Vana-Vandra_vallavalitsus, lk 4
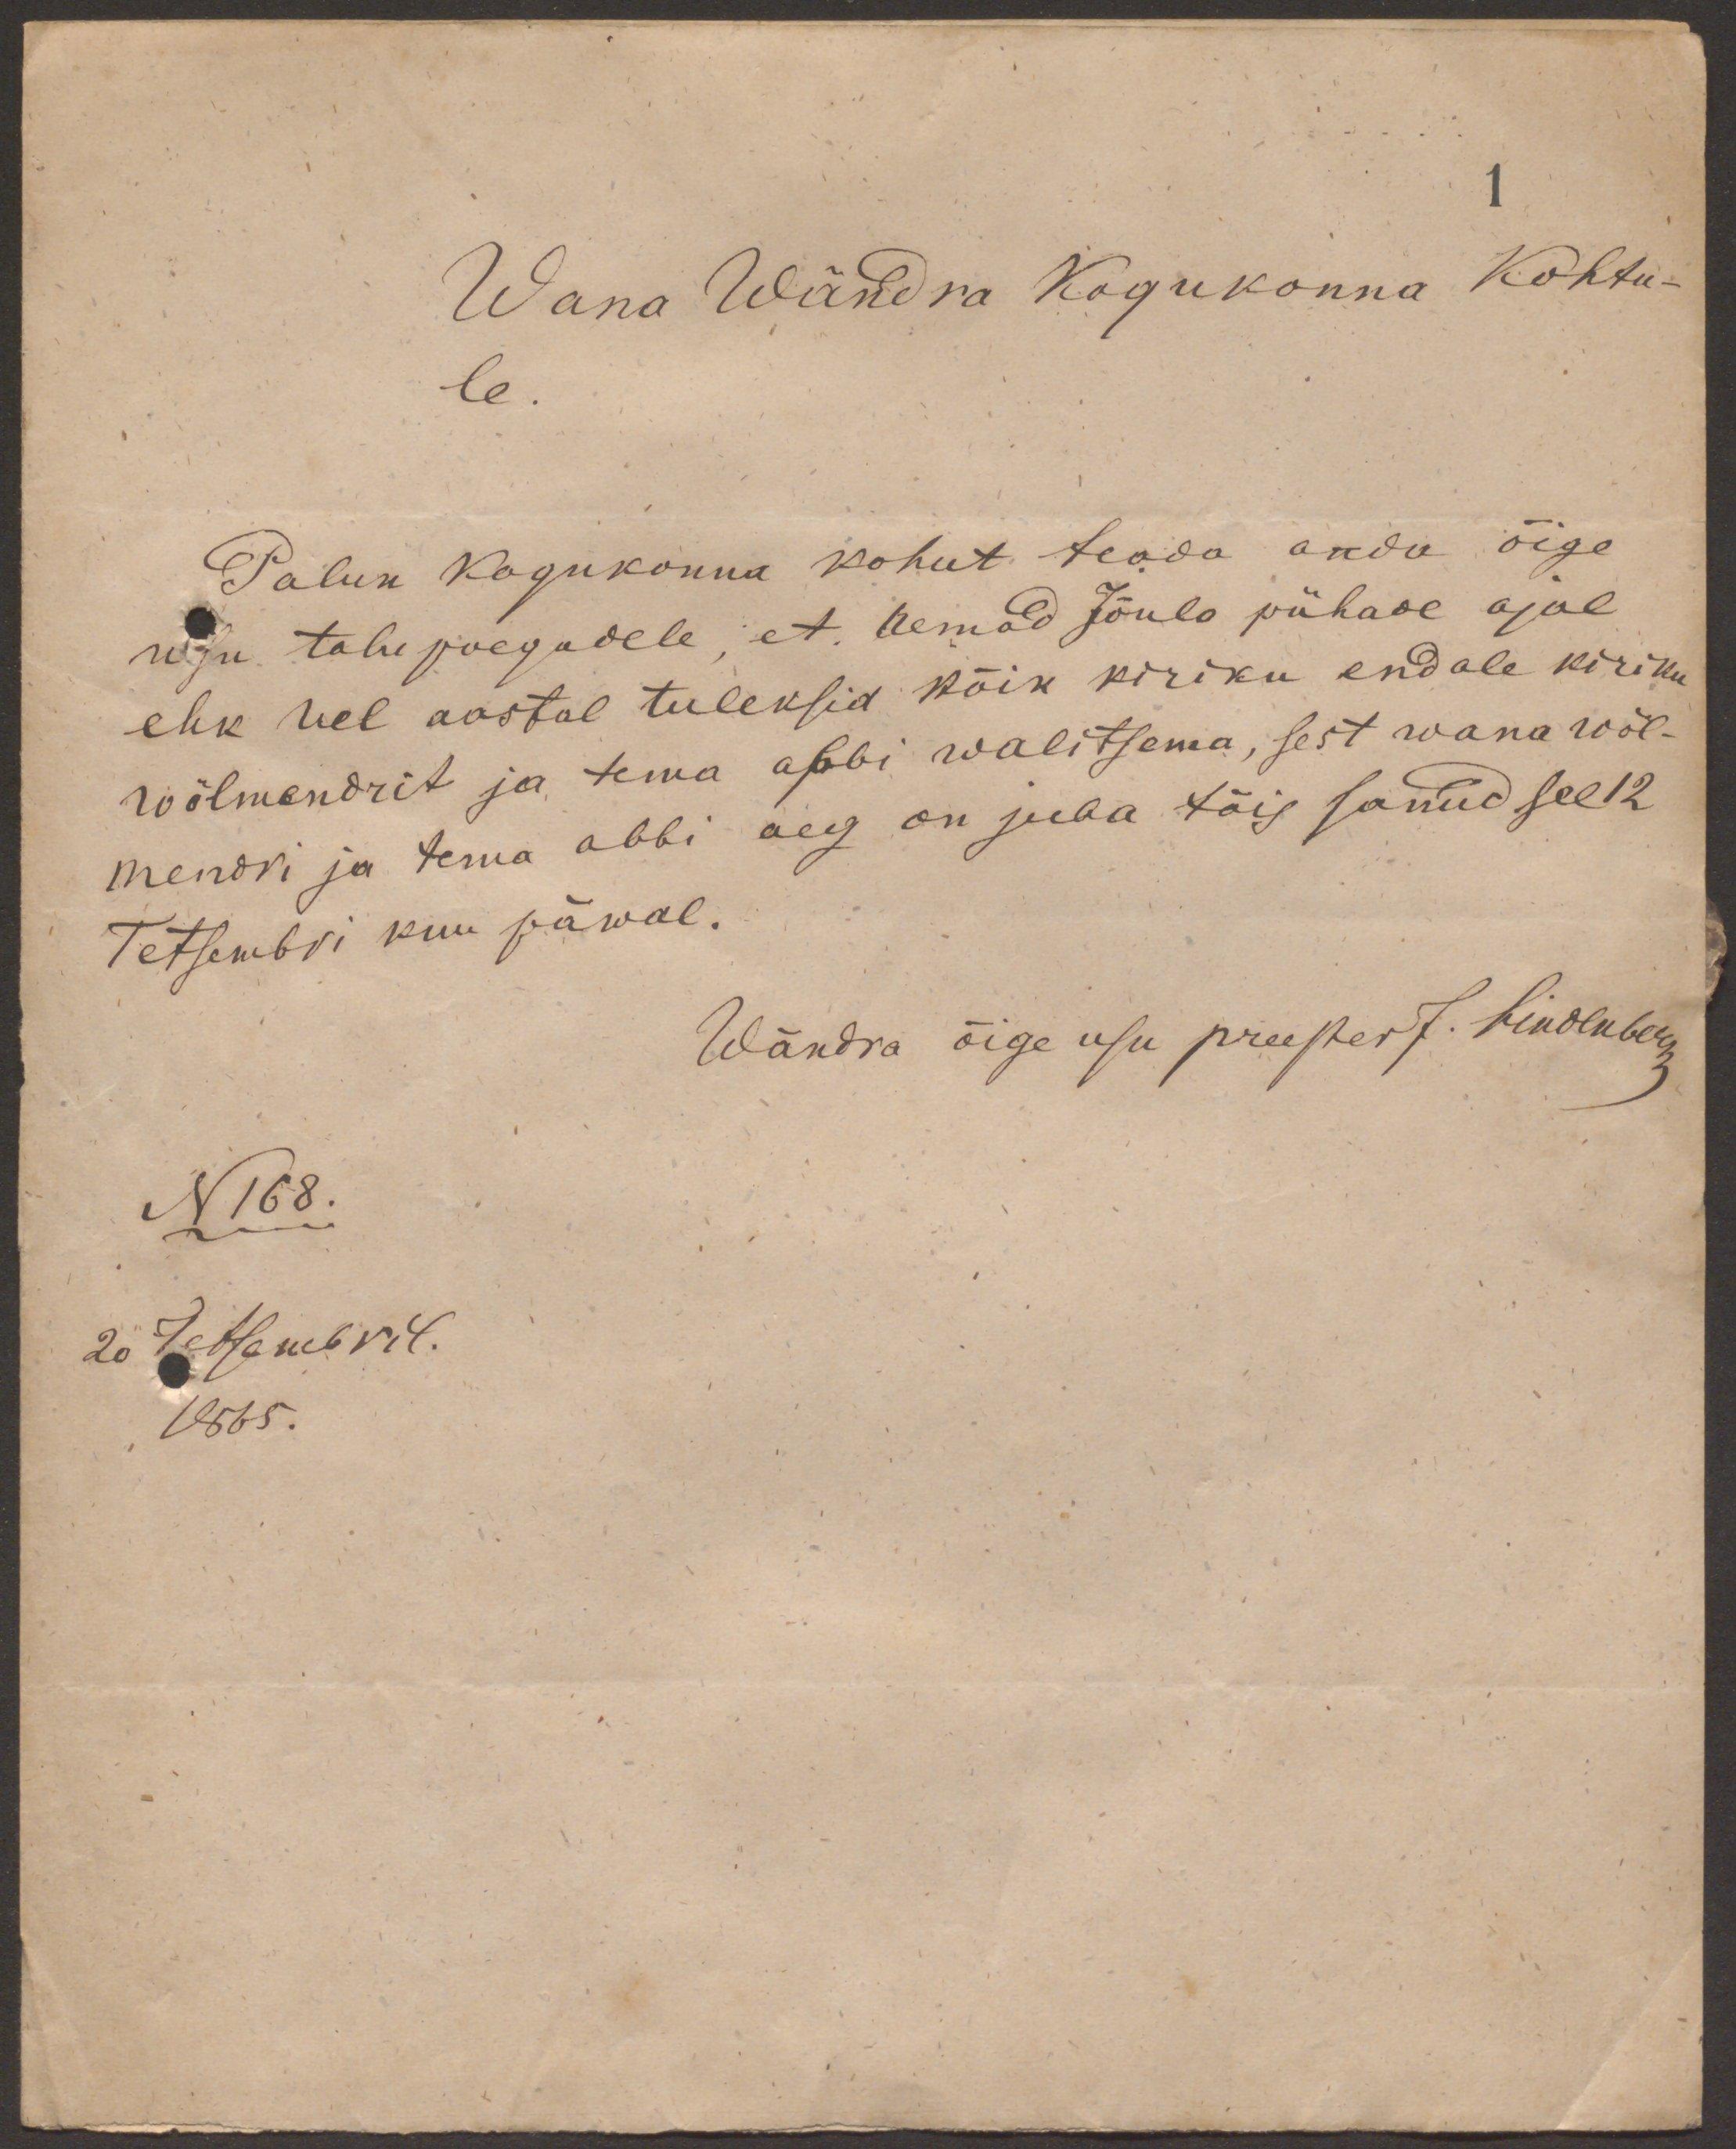
1
Wana Wändna Kogukonna Kohtu-
le.
Palun kogukonna kohut teada anda õige
usu talu poegadele, et temad Jõulo pühade ajal
ehk sel aastal tuleksid kõik kiriku endale kiriku
wölmendrit ja tema abbi walitsema, sest wana wöl-
mendri ja tema abbi aeg on juba täis sanud sel 12
Tetsembri kuu päwal.
Wändra õige usu preester J. Lindenberg

N168.
20 Tetsembril.
1865.